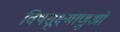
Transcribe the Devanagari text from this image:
विषसूक्ष्माणुओं